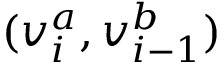
( v _ { i } ^ { a } , v _ { i - 1 } ^ { b } )